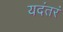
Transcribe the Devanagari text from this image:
यदंतरं